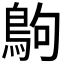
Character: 𪀊